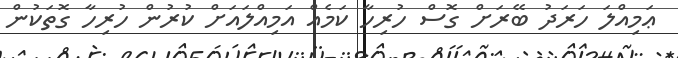
ޢަމިއްލަ ހަރަދު ބޭރަށް ގޮސް ހުރިހާ ކަމެއް އަމިއްލައަށް ކުރުން ހުރިހާ ގޮތަކުން